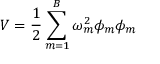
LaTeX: V = \frac { 1 } { 2 } \sum _ { m = 1 } ^ { B } \omega _ { m } ^ { 2 } \phi _ { m } \phi _ { m }